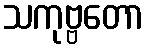
သကုဗ္ဗတော